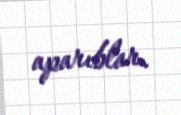
aparıblar.